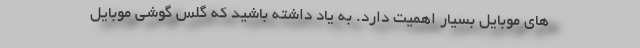
های موبایل بسیار اهمیت دارد. به یاد داشته باشید که گلس گوشی موبایل